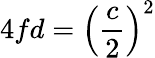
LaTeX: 4fd=\left({\frac{c}{2}}\right)^{2}